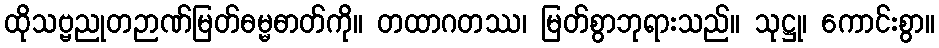
ထိုသဗ္ဗညုတဉာဏ်မြတ်ဓမ္မဓာတ်ကို။ တထာဂတဿ၊ မြတ်စွာဘုရားသည်။ သုဋ္ဌု၊ ကောင်းစွာ။